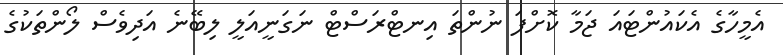
އެމީހާގެ އެކައުންޓައަ ޖަމާ ކޮށްފަ ނުންތަ އިނޓްރަސްޓް ނަގަނީއަލީ ލިބޭނެ އަދިވެސް ލޯންތަކުގެ